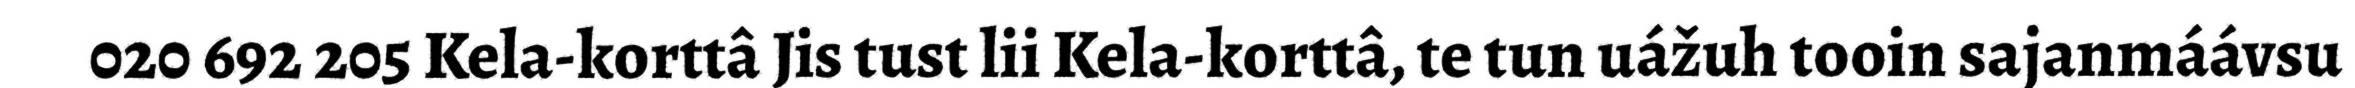
020 692 205 Kela-korttâ Jis tust lii Kela-korttâ, te tun uážuh tooin sajanmáávsu